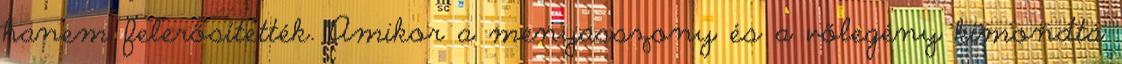
hanem felerősítették. Amikor a menyasszony és a vőlegény kimondta